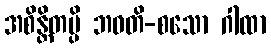
အစိန္တိတမ္ပိ ဘဝတိ-စသော ဂါထာ